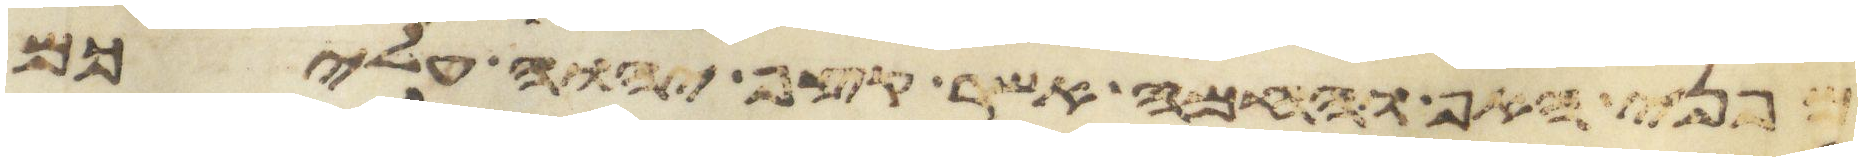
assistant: מפני האף והחמה אשר קצף יהוה עליכם